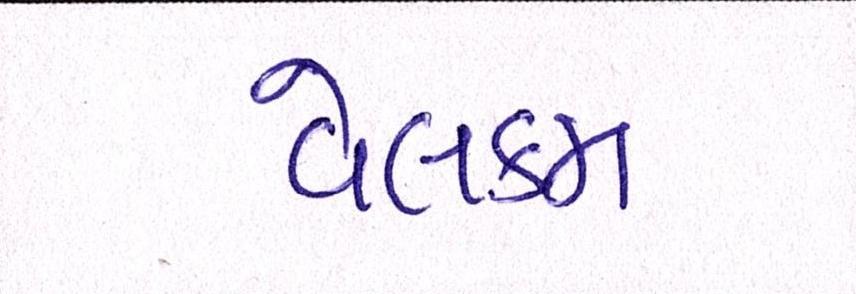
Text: વેલકમ